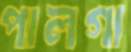
পালগা